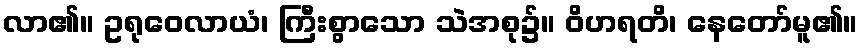
လာ၏။ ဥရုဝေလာယံ၊ ကြီးစွာသော သဲအစု၌။ ဝိဟရတိ၊ နေတော်မူ၏။